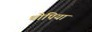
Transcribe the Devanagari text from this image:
थोपिया